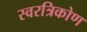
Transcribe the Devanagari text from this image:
स्वरत्रिकोण